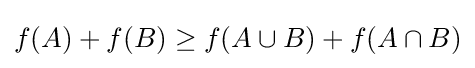
f(A)+f(B)\geq f(A\cup B)+f(A\cap B)